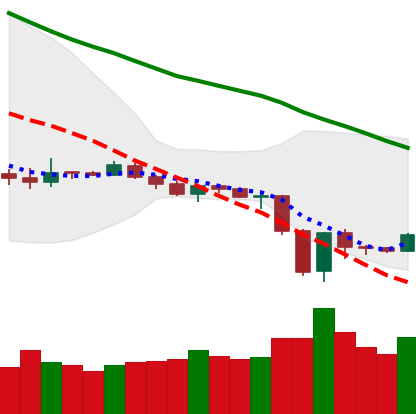
Ticker: ETH-USD
Chart end date: 2019-12-22
Forward return: -3.897%
Label: down_3_5